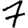
Digit: 7